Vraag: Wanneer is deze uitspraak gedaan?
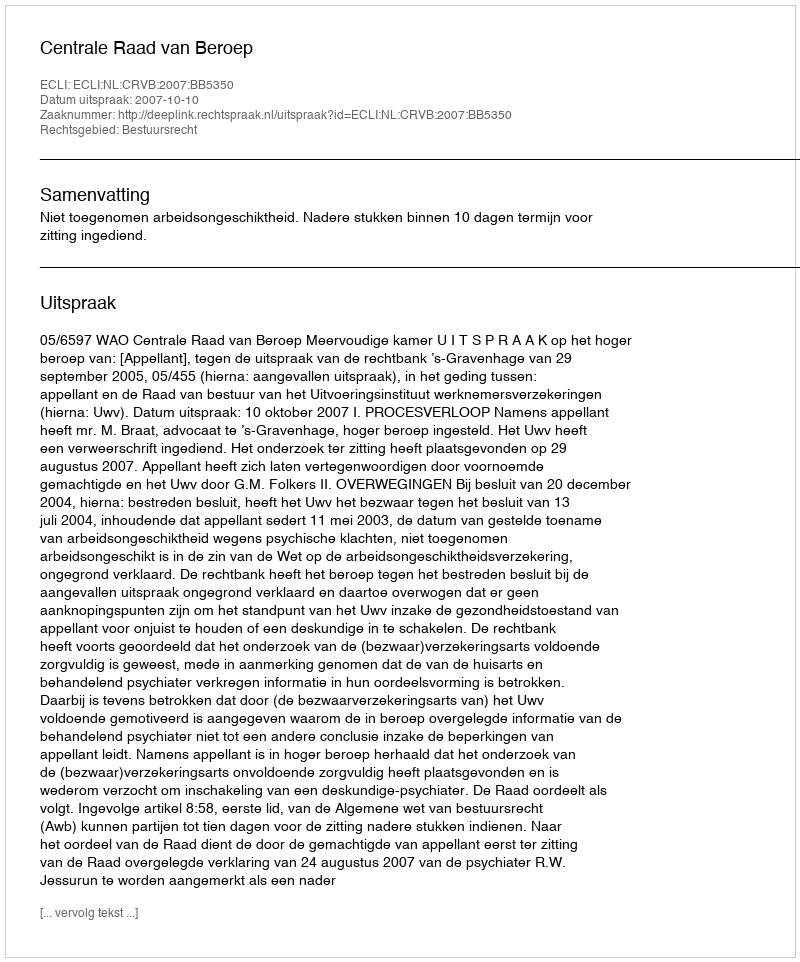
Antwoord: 2007-10-10